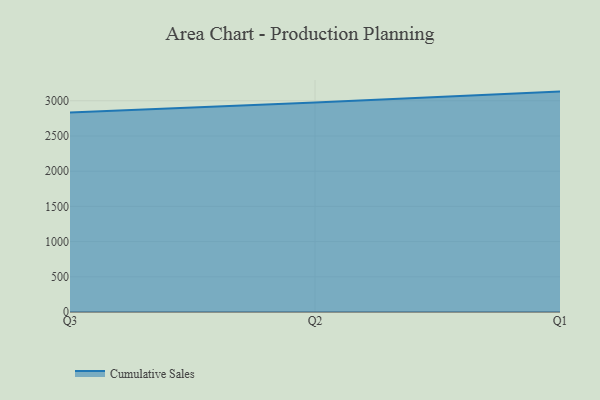
{"axis": {"x": "Quarter", "y": "Active Users"}, "legend": ["Cumulative Sales"], "data": [{"x": "Q3", "y": 2832.3, "type": "Cumulative Sales"}, {"x": "Q2", "y": 2974.5, "type": "Cumulative Sales"}, {"x": "Q1", "y": 3130.4, "type": "Cumulative Sales"}]}